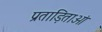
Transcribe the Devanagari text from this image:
प्रताड़िताओं